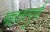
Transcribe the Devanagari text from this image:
महतत्पुर्ण